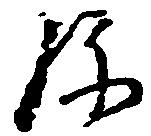
弥